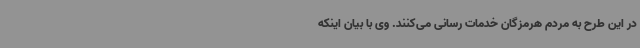
در این طرح به مردم هرمزگان خدمات رسانی می‌کنند. وی با بیان اینکه